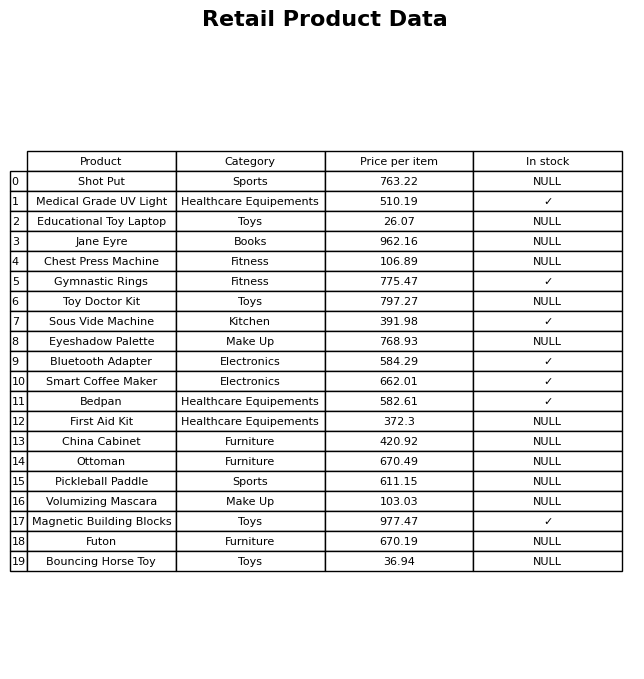
question: What is the price of the Bluetooth Adapter?
answer: The price of Bluetooth Adapter is 584.29.